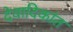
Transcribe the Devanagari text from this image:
देवादिकांत